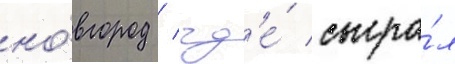
но́вгород / гд'е́ сыгра́л